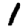
Digit: 1